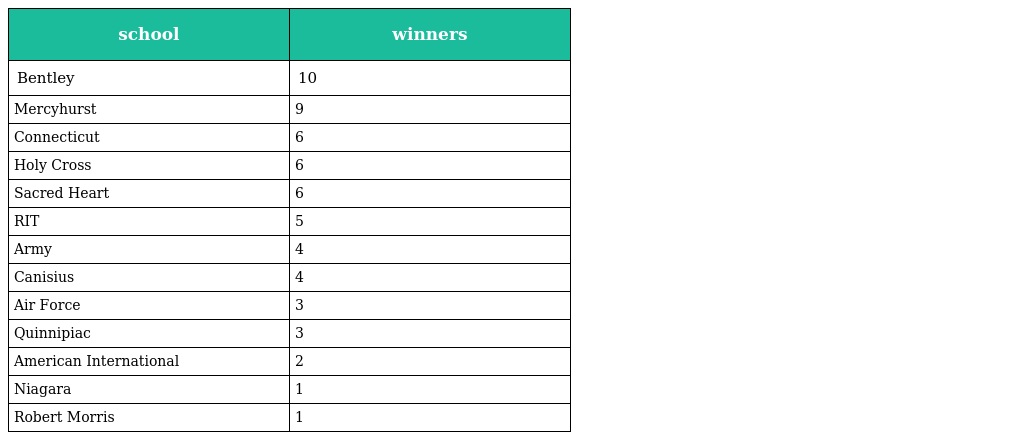
| school | winners |
 | --- | --- |
 | Bentley | 10 |
 | Mercyhurst | 9 |
 | Connecticut | 6 |
 | Holy Cross | 6 |
 | Sacred Heart | 6 |
 | RIT | 5 |
 | Army | 4 |
 | Canisius | 4 |
 | Air Force | 3 |
 | Quinnipiac | 3 |
 | American International | 2 |
 | Niagara | 1 |
 | Robert Morris | 1 |